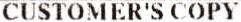
CUSTOMER'S COPY